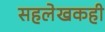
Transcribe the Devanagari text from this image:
सहलेखकही